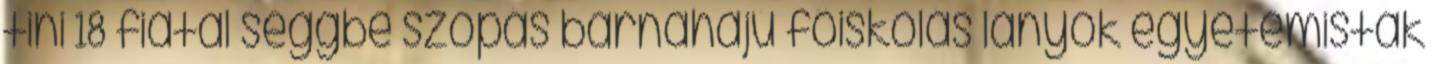
tini 18 fiatal seggbe szopás barnahajú főiskolás lányok egyetemisták